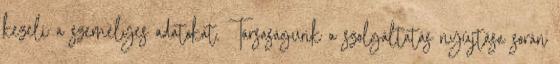
kezeli a személyes adatokat. Társaságunk a szolgáltatás nyújtása során